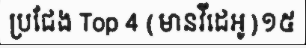
ប្រជែង Top 4 (មានវីដេអូ)១៥